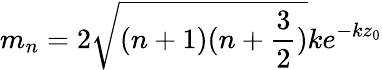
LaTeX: m_{n}=2\sqrt{(n+1)(n+\frac{3}{2})}ke^{-kz_{0}}